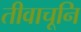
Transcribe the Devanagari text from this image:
तीवाचूनि